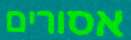
אסורים